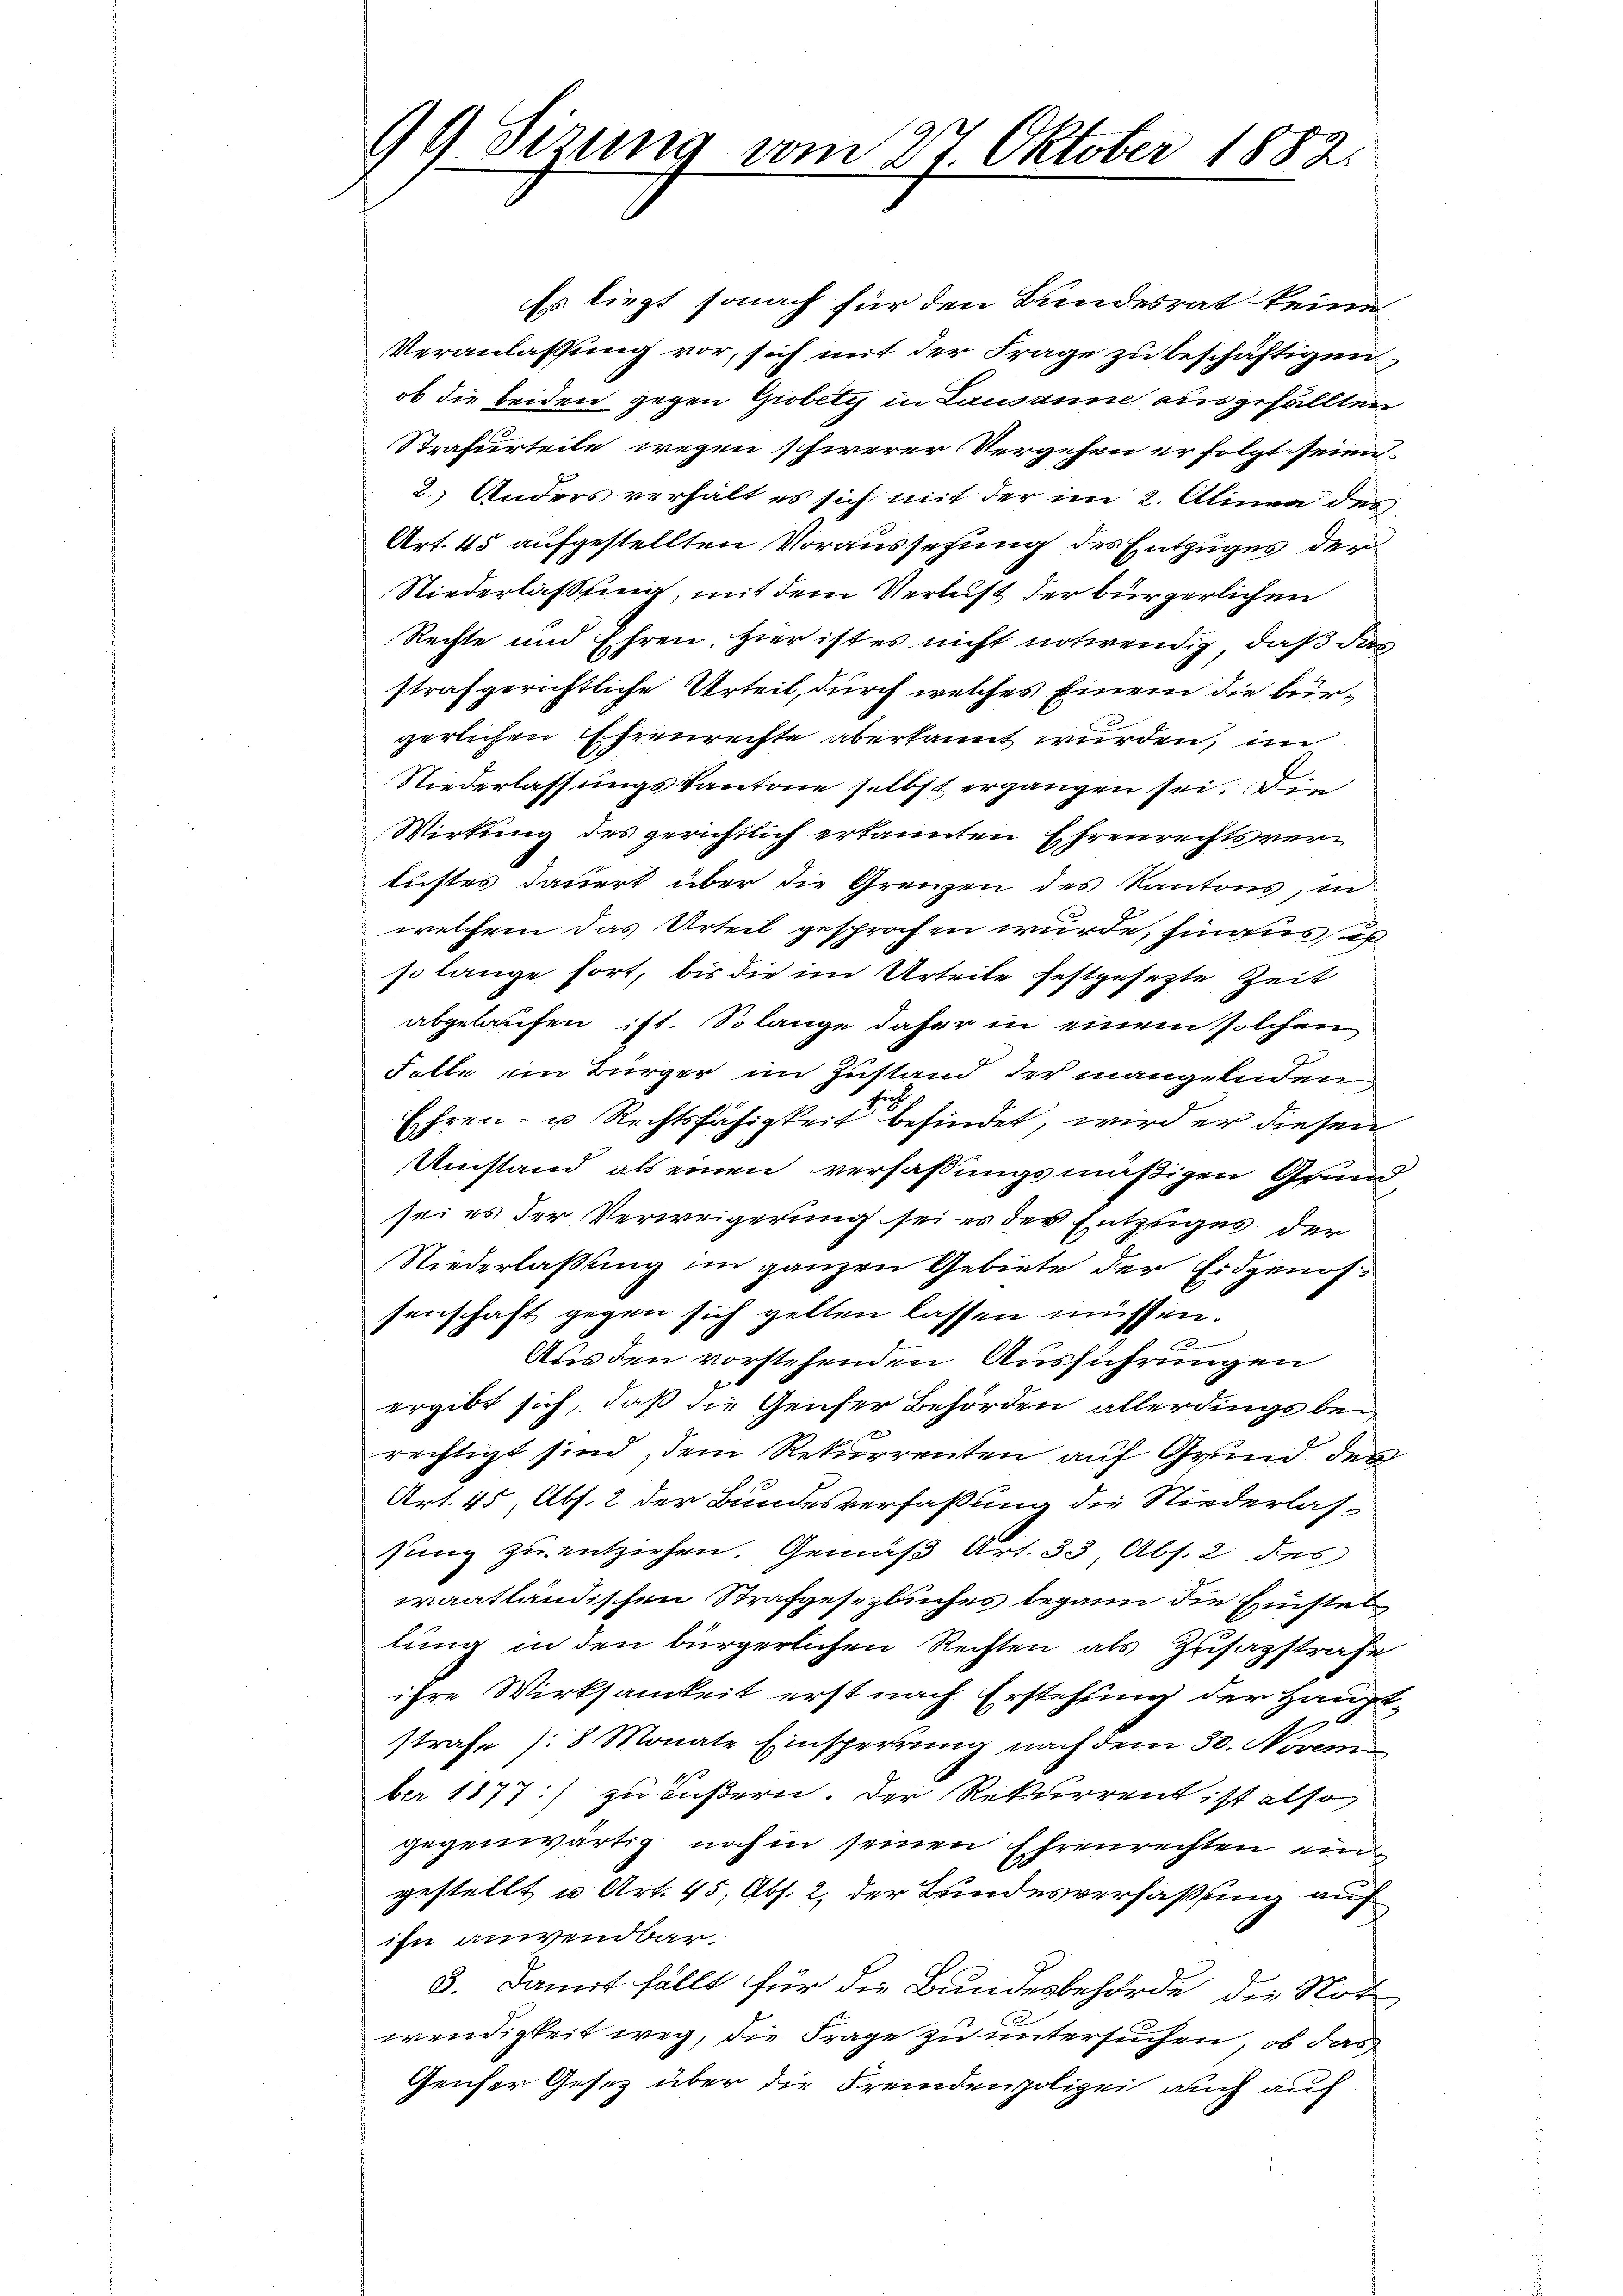
99 Sizung vom 27. Oktober 1882.

Es liegt sonach für den Bundesrat keine
Veranlassung vor, sich mit der Frage zu beschäftigen
ob die beiden gegen Giobety in Lausanne ausgefällten
Strafurteile wegen schwerer Vergehen er folgt seien.
2. Anders verhält es sich mit der im 2. Alinea des
Art. 45 aufgestellten Voraussetzung des Entzuges der
Niederlassung, mit dem Verlust der bürgerlichen
Rechte und Ehren, hier ist es nicht notwendig, daß das
strafgerichtliche Urteil, durch welches Einem die bürgerlichen Ehrenrechte aberkannt wurden, im
Niederlassungskantone selbst ergangen sei. Die
Wirkung des gerichtlich erkannten Ehrenrechtsverlustes dauert über die Grenzen des Kantons, in
welchem das Urteil gesprochen wurde, singus un
so lange fort, bis die im Urteile festgesezte Zeit
abgelaufen ist. Solange daher in einem solchen
Falle ein Bürger im Zustand der mangelnden
Ehren- u. Rechtsfähigkeit befindet, wird er diesen
Umstand als einen verfaßungsmäßigen Grund
sei es der Verweigerung sei es der Entzuges der
Niederlassung im ganzen Gebiete der Eidgenossenschaft gegen sich gelten lassen müssen.
Aus den vorstehenden Ausführungen
ergibt sich, daß die Genfer Behörden allerdings bei
rechtigt sind, dem Rekurrenten auf Grund des
Art. 45, Abs. 2 der Bundesverfaßung die Niederlassung zu entziehen. Gemäß Art. 33, Abs. 2 des
waatländischen Strafgesezbuches begann die Hinstel
lung in den bürgerlichen Rechten als Zusatzstrafe
ihre Wirksamkeit erst nach Erstehung der Hauptstrafe /:8 Monate Einsperrung nach dem 30. Noveni
ber 1877 :/ zu äußern. Der Rekurrent ist also
gegenwärtig noch in seinen Ehrenrechten eingestellt u. Art. 45, Abs. 2, der Bundesverfassung auf
ihn anwendbar.
3. Damit fällt für die Bundesbehörde die Not
wendigkeit weg, die Frage zu untersuchen, ob das
Genser Gesetz über die Fremdenpolizei auch auf